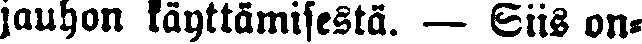
jauhon käyttämisestä. — Siis on-